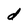
Character: d